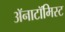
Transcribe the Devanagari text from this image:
अॅनाटॉमिस्ट